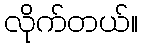
လိုက်တယ်။